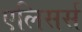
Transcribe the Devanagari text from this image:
एलिसर्स